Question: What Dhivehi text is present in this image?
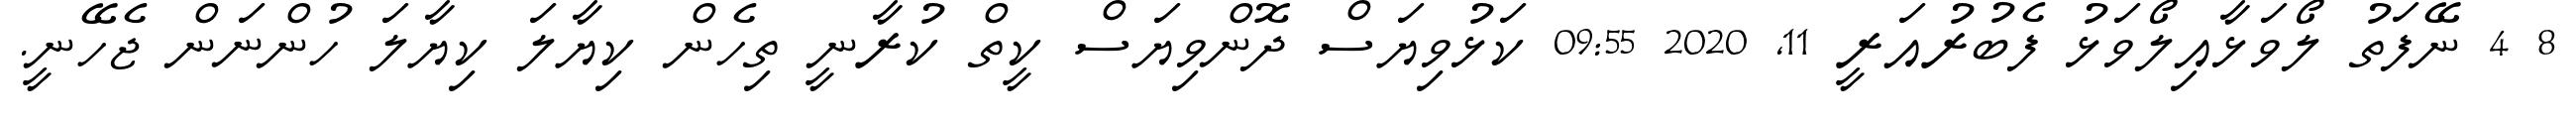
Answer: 8 4 ނޭފަތު ލޯވަޅާއިލޯވަޅު ފެބުރުއަރީ 11, 2020 09:55 ކަޅުވިޔަސް ދޮންވިޔަސް ކީތް ކުރާނީ ތިހެން ކިޔާލަ ކިޔާލަ ހުންނަން ޖެހޭނީ.